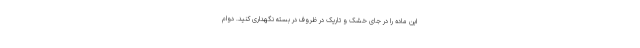
این ماده را در جای خشک و تاریک در ظروف در بسته نگهداری کنید. دوام